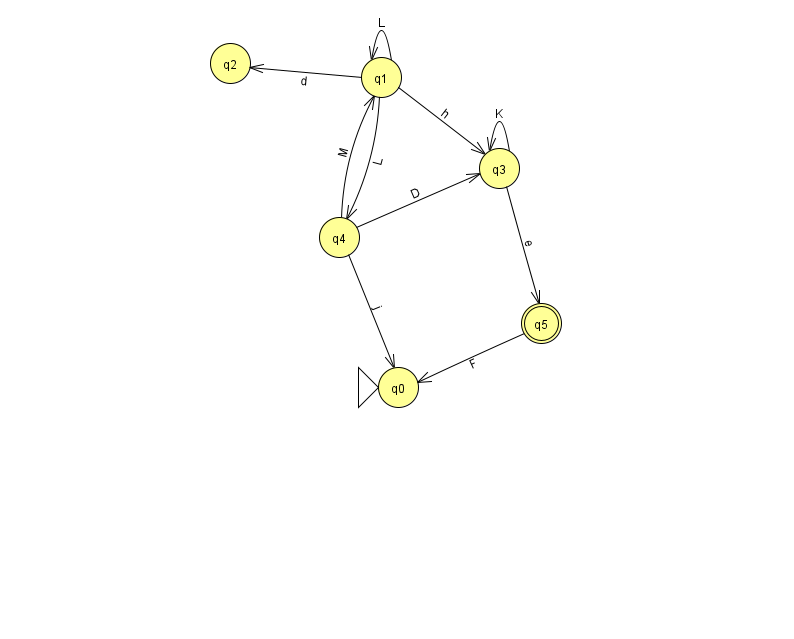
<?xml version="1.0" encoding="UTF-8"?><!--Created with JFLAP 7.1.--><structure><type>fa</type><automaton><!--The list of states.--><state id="0" name="q0"><x>398.0</x><y>374.0</y><initial/></state><state id="1" name="q1"><x>381.0</x><y>64.0</y></state><state id="2" name="q2"><x>230.0</x><y>50.0</y></state><state id="3" name="q3"><x>499.0</x><y>155.0</y></state><state id="4" name="q4"><x>339.0</x><y>224.0</y></state><state id="5" name="q5"><x>541.0</x><y>310.0</y><final/></state><!--The list of transitions.--><transition><from>5</from><to>0</to><read>F</read></transition><transition><from>4</from><to>0</to><read>j</read></transition><transition><from>4</from><to>1</to><read>M</read></transition><transition><from>1</from><to>2</to><read>d</read></transition><transition><from>1</from><to>4</to><read>L</read></transition><transition><from>3</from><to>5</to><read>e</read></transition><transition><from>3</from><to>3</to><read>K</read></transition><transition><from>4</from><to>3</to><read>D</read></transition><transition><from>1</from><to>1</to><read>L</read></transition><transition><from>1</from><to>3</to><read>h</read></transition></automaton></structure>